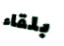
بلقاء